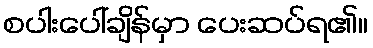
စပါးပေါ်ချိန်မှာ ပေးဆပ်ရ၏။